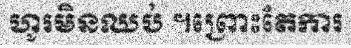
ហូរមិនឈប់ ។ព្រោះតែការ